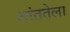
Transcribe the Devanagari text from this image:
शांततेला